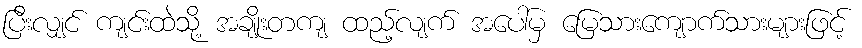
ပြီးလျှင် ကျင်းထဲသို့ အချိုးတကျ ထည့်လျက် အပေါ်မှ မြေသားကျောက်သားများဖြင့်